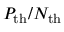
P _ { \mathrm { t h } } / N _ { \mathrm { t h } }